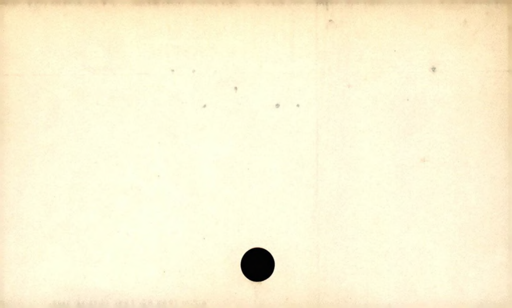
Label: blank